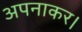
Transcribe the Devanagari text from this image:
अपनाकर।